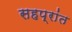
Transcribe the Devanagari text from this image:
सहप्रांत